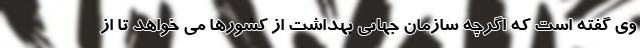
وی گفته است که اگرچه سازمان جهانی بهداشت از کشورها می خواهد تا از